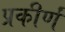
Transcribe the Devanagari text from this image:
प्रकीर्णं